Source: Handwritten
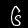
Digit: ၆ (6)